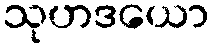
သုဟဒယော